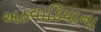
અઠવાડિયાના